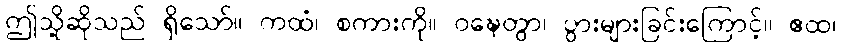
ဤသို့ဆိုသည် ရှိသော်။ ကထံ၊ စကားကို။ ဝဍ္ဎေတွာ၊ ပွားများခြင်းကြောင့်။ ဧထ၊